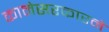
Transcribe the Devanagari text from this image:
कामेसरकारने